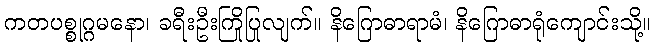
ကတပစ္စုဂ္ဂမနော၊ ခရီးဦးကြိုပြုလျက်။ နိဂြောဓာရာမံ၊ နိဂြောဓာရုံကျောင်းသို့။